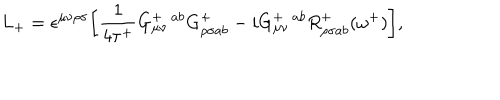
LaTeX: L _ { + } = \epsilon ^ { \mu \nu \rho \sigma } \bigg [ \frac { 1 } { 4 \tau ^ { + } } G _ { \mu \nu } ^ { + ~ ~ a b } G _ { \rho \sigma a b } ^ { + } - i G _ { \mu \nu } ^ { + ~ ~ a b } R _ { \rho \sigma a b } ^ { + } ( \omega ^ { + } ) \bigg ] ,